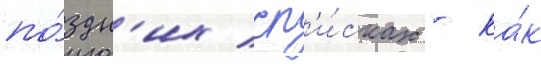
по́здн'их сп'и́сках - ка́к